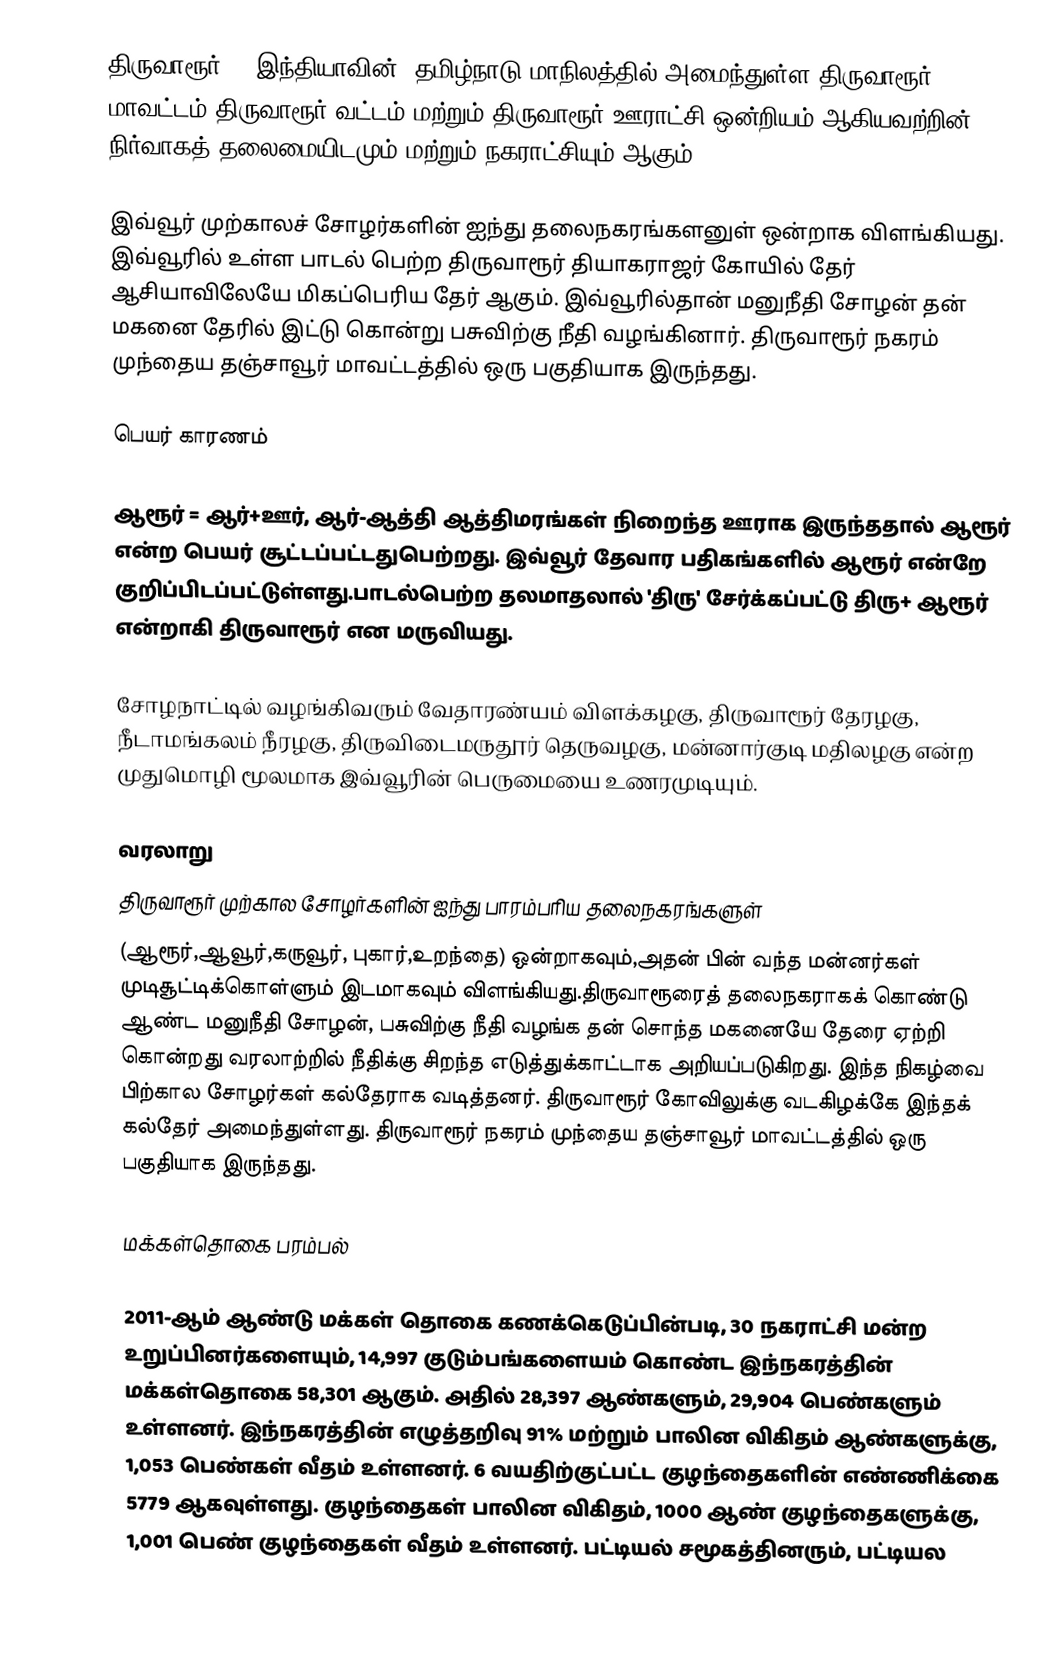
திருவாரூர் () இந்தியாவின், தமிழ்நாடு மாநிலத்தில் அமைந்துள்ள திருவாரூர் மாவட்டம் திருவாரூர் வட்டம் மற்றும் திருவாரூர் ஊராட்சி ஒன்றியம் ஆகியவற்றின்  நிர்வாகத் தலைமையிடமும் மற்றும் நகராட்சியும் ஆகும்.

இவ்வூர் முற்காலச் சோழர்களின் ஐந்து தலைநகரங்களனுள் ஒன்றாக விளங்கியது. இவ்வூரில் உள்ள பாடல் பெற்ற திருவாரூர் தியாகராஜர் கோயில் தேர் ஆசியாவிலேயே மிகப்பெரிய தேர் ஆகும். இவ்வூரில்தான் மனுநீதி சோழன் தன் மகனை தேரில் இட்டு கொன்று பசுவிற்கு நீதி வழங்கினார். திருவாரூர் நகரம் முந்தைய தஞ்சாவூர் மாவட்டத்தில் ஒரு பகுதியாக இருந்தது.

பெயர் காரணம்

ஆரூர் = ஆர்+ஊர், ஆர்-ஆத்தி ஆத்திமரங்கள் நிறைந்த ஊராக இருந்ததால் ஆரூர் என்ற பெயர் சூட்டப்பட்டதுபெற்றது. இவ்வூர் தேவார பதிகங்களில் ஆரூர் என்றே குறிப்பிடப்பட்டுள்ளது.பாடல்பெற்ற தலமாதலால் 'திரு' சேர்க்கப்பட்டு திரு+ ஆரூர் என்றாகி திருவாரூர் என மருவியது.

சோழநாட்டில் வழங்கிவரும் வேதாரண்யம் விளக்கழகு, திருவாரூர் தேரழகு, நீடாமங்கலம் நீரழகு, திருவிடைமருதூர் தெருவழகு, மன்னார்குடி மதிலழகு என்ற முதுமொழி மூலமாக இவ்வூரின் பெருமையை உணரமுடியும்.

வரலாறு
திருவாரூர் முற்கால சோழர்களின் ஐந்து பாரம்பரிய தலைநகரங்களுள்
(ஆரூர்,ஆவூர்,கருவூர், புகார்,உறந்தை) ஒன்றாகவும்,அதன் பின் வந்த மன்னர்கள் முடிசூட்டிக்கொள்ளும் இடமாகவும் விளங்கியது.திருவாரூரைத் தலைநகராகக் கொண்டு ஆண்ட மனுநீதி சோழன், பசுவிற்கு நீதி வழங்க தன் சொந்த மகனையே தேரை ஏற்றி கொன்றது வரலாற்றில் நீதிக்கு சிறந்த எடுத்துக்காட்டாக அறியப்படுகிறது. இந்த நிகழ்வை பிற்கால சோழர்கள் கல்தேராக வடித்தனர். திருவாரூர் கோவிலுக்கு வடகிழக்கே இந்தக் கல்தேர் அமைந்துள்ளது. திருவாரூர் நகரம் முந்தைய  தஞ்சாவூர் மாவட்டத்தில் ஒரு பகுதியாக இருந்தது.

மக்கள்தொகை பரம்பல்

2011-ஆம் ஆண்டு மக்கள் தொகை கணக்கெடுப்பின்படி,   30 நகராட்சி மன்ற உறுப்பினர்களையும், 14,997 குடும்பங்களையம் கொண்ட இந்நகரத்தின் மக்கள்தொகை 58,301 ஆகும். அதில் 28,397 ஆண்களும், 29,904  பெண்களும் உள்ளனர்.   இந்நகரத்தின் எழுத்தறிவு 91%  மற்றும் பாலின விகிதம் ஆண்களுக்கு, 1,053 பெண்கள் வீதம் உள்ளனர். 6 வயதிற்குட்பட்ட குழந்தைகளின் எண்ணிக்கை 5779  ஆகவுள்ளது. குழந்தைகள் பாலின விகிதம்,  1000 ஆண் குழந்தைகளுக்கு, 1,001 பெண் குழந்தைகள் வீதம் உள்ளனர். பட்டியல் சமூகத்தினரும், பட்டியல